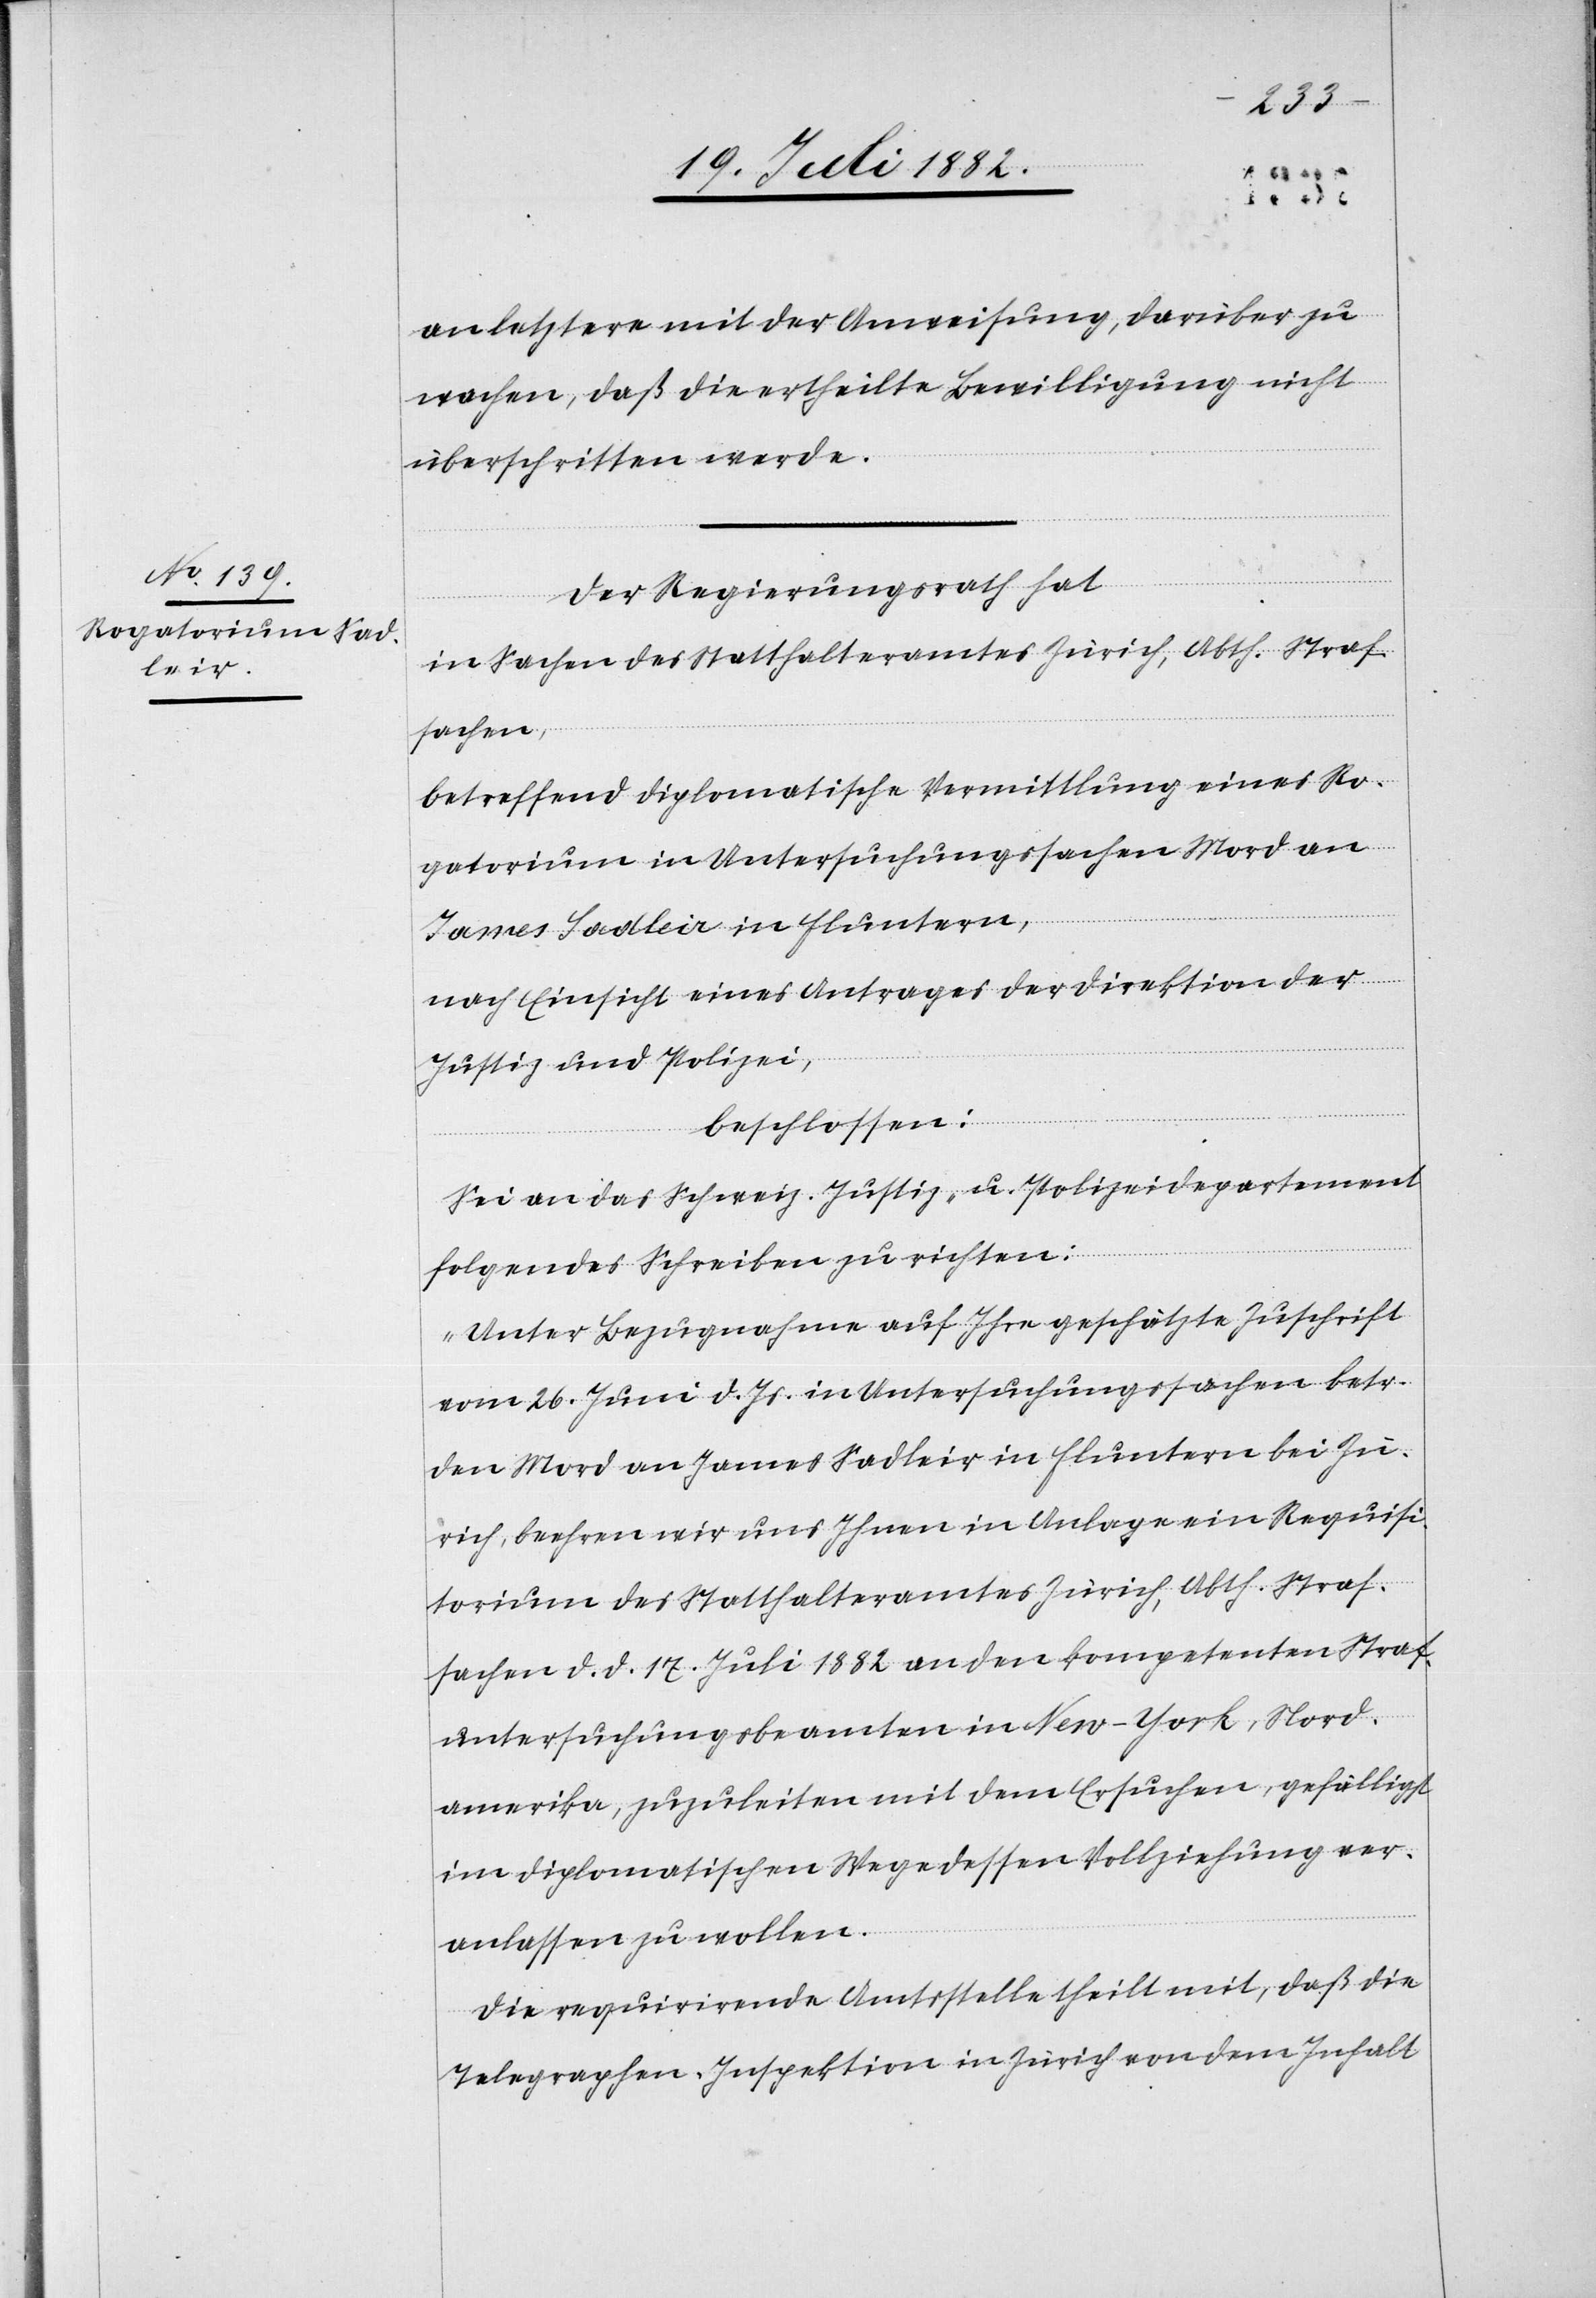
an letztere mit der Anweisung, darüber zu
wachen, daß die ertheilte Bewilligung nicht
überschritten werde.
Der Regierungsrath hat,
in Sachen des Statthalteramtes Zürich, Abth. Straf¬
sachen,
betreffend diplomatische Vermittlung eines Ro¬
gatoriums in Untersuchungssachen Mord an
James Sadleir in Fluntern,
nach Einsicht eines Antrages der Direktion der
Justiz & Polizei,
beschlossen:
Sei an das schweiz. Justiz- u. Polizeidepartement
folgendes Schreiben zu richten:
„Unter Bezugnahme auf Ihre geschätzte Zuschrift
vom 26. Juni d. Js. in Untersuchungssachen betr.
den Mord an James Sadleir in Fluntern bei Zü¬
rich, beehren wir uns Ihnen in Anlage ein Requisi¬
torium des Statthalteramtes Zürich, Abth. Straf¬
sachen, d. d. 17. Juli 1882 an den kompetenten Straf¬
untersuchungsbeamten in New-York, Nord¬
amerika, zuzuleiten mit dem Ersuchen, gefälligst
im diplomatischen Wege dessen Vollziehung ver¬
anlassen zu wollen.
Die requirirende Amtsstelle theilt mit, daß die
Telegraphen-Inspektion in Zürich von dem Inhalt